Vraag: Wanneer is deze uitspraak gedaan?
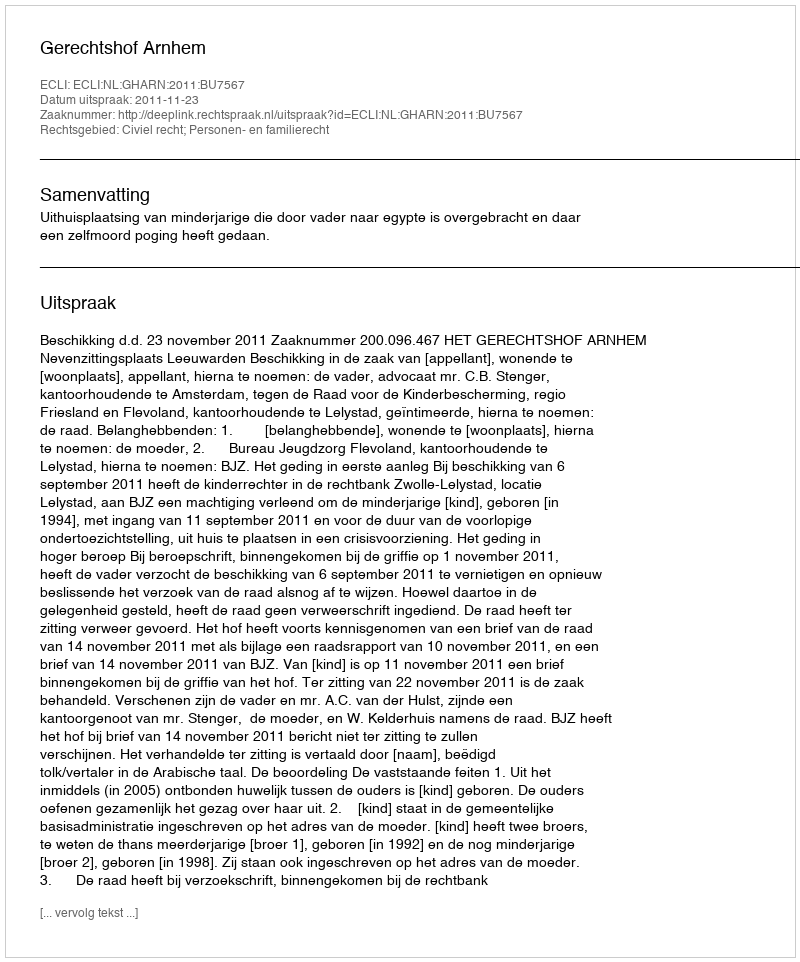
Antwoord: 2011-11-23